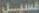
غسيل